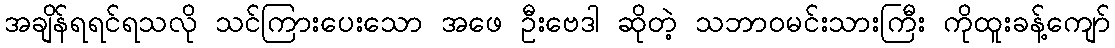
အချိန်ရရင်ရသလို သင်ကြားပေးသော အဖေ ဦးဗေဒါ ဆိုတဲ့ သဘာဝမင်းသားကြီး ကိုထူးခန့်ကျော်